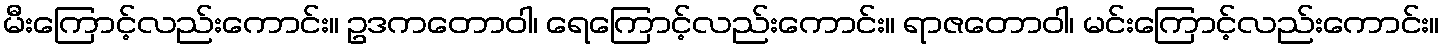
မီးကြောင့်လည်းကောင်း။ ဥဒကတောဝါ၊ ရေကြောင့်လည်းကောင်း။ ရာဇတောဝါ၊ မင်းကြောင့်လည်းကောင်း။